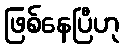
ဖြစ်နေပြီဟု